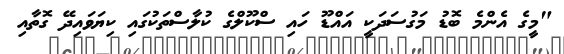
"މީގެ އެންމެ ބޮޑު މަގުސަދަކީ އައްޑޫ ހައި ސްކޫލްގެ ކުލާސްތަކުގައި ކިޔަވައިދޭ ގޮތާއި